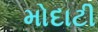
મોદાટી